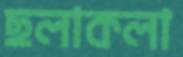
ছলাকলা